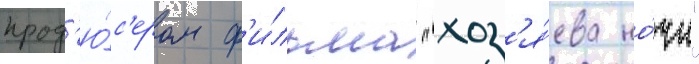
прод'ю́с'ером ф'и́льма "хоз'я́ева но́чи"